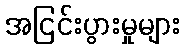
အငြင်းပွားမှုများ